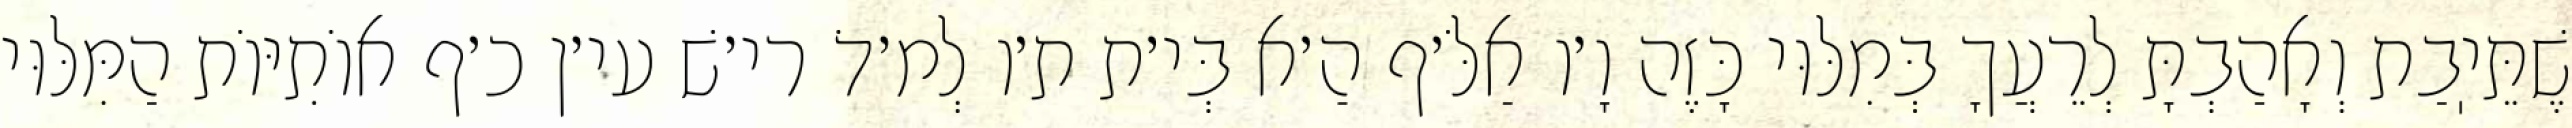
שֶׁתֵּיֽבַת וְאָהַבְתָּ לְרֵעֲךָ בְּמִלּוּי כָּזֶה וָ׳ו אַלֹּ׳ף הַ׳א בְּי׳ת ת׳ו לְמ׳דֹ רי׳שׁ עי׳ן כ׳ף אוֹתִיּוֹת הַמִּלּוּי